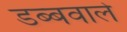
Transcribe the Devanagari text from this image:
डब्बवाले